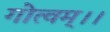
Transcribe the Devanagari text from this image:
गोत्वम्।।